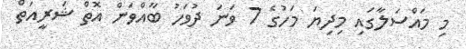
މި މައްސަލާގައި މިދިޔަ މަހުގެ 7 ވަނަ ދުވަހު ބާއްވަން އޮތް ޝަރީއަތް